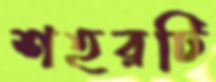
শহরটি